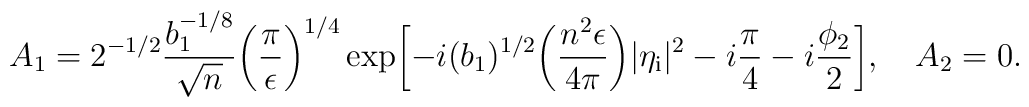
A_1=2^{-1/2}\frac{b_1^{-1/8}}{\sqrt{n}}\biggl(\frac{\pi }{\epsilon }\biggr)^{1/4}\exp \biggl[-i(b_1)^{1/2}\biggl(\frac{n^2\epsilon }{4\pi }\biggr)\vert \eta _{\rm i}\vert ^2-i\frac{\pi }{4}-i\frac{\phi _2}{2}\biggr], \quad A_2=0.